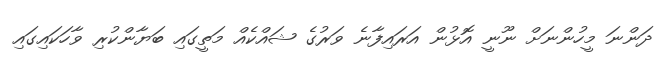
ދަންނަ މީހުންނަށް ނޫނީ އޮޅުން އަރައިފާނެ ވަރުގެ ޝައްކެއް މަތީގައި ބަޔާންކުރި ވާހަކައިގައި